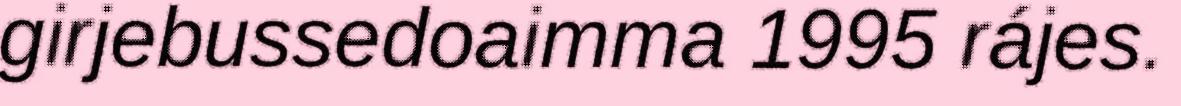
girjebussedoaimma 1995 rájes.